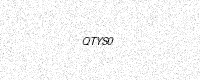
Text: QTYS0